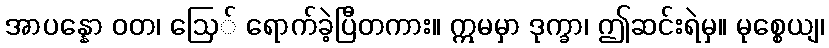
အာပန္နော ဝတ၊ ဩေ် ရောက်ခဲ့ပြီတကား။ ဣမမှာ ဒုက္ခာ၊ ဤဆင်းရဲမှ။ မုစ္စေယျ၊